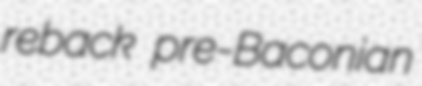
reback pre-Baconian